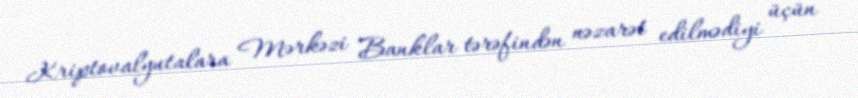
Kriptovalyutalara Mərkəzi Banklar tərəfindən nəzarət edilmədiyi üçün